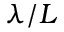
\lambda / L